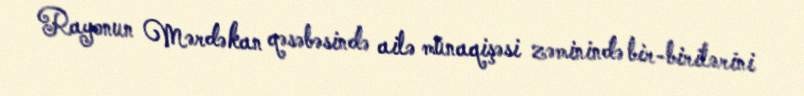
Rayonun Mərdəkan qəsəbəsində ailə münaqişəsi zəminində bir-birilərini